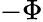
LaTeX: -\Phi